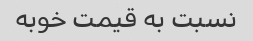
نسبت به قیمت خوبه